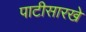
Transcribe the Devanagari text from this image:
पाटीसारखे